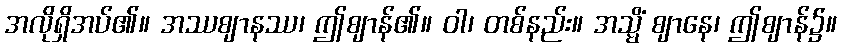
အလိုရှိအပ်၏။ အဿဈာနဿ၊ ဤဈာန်၏။ ဝါ၊ တစ်နည်း။ အသ္မိံ ဈာနေ၊ ဤဈာန်၌။